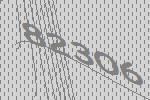
82306